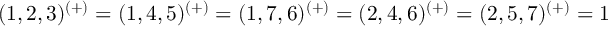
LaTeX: ( 1 , 2 , 3 ) ^ { ( + ) } = ( 1 , 4 , 5 ) ^ { ( + ) } = ( 1 , 7 , 6 ) ^ { ( + ) } = ( 2 , 4 , 6 ) ^ { ( + ) } = ( 2 , 5 , 7 ) ^ { ( + ) } = 1